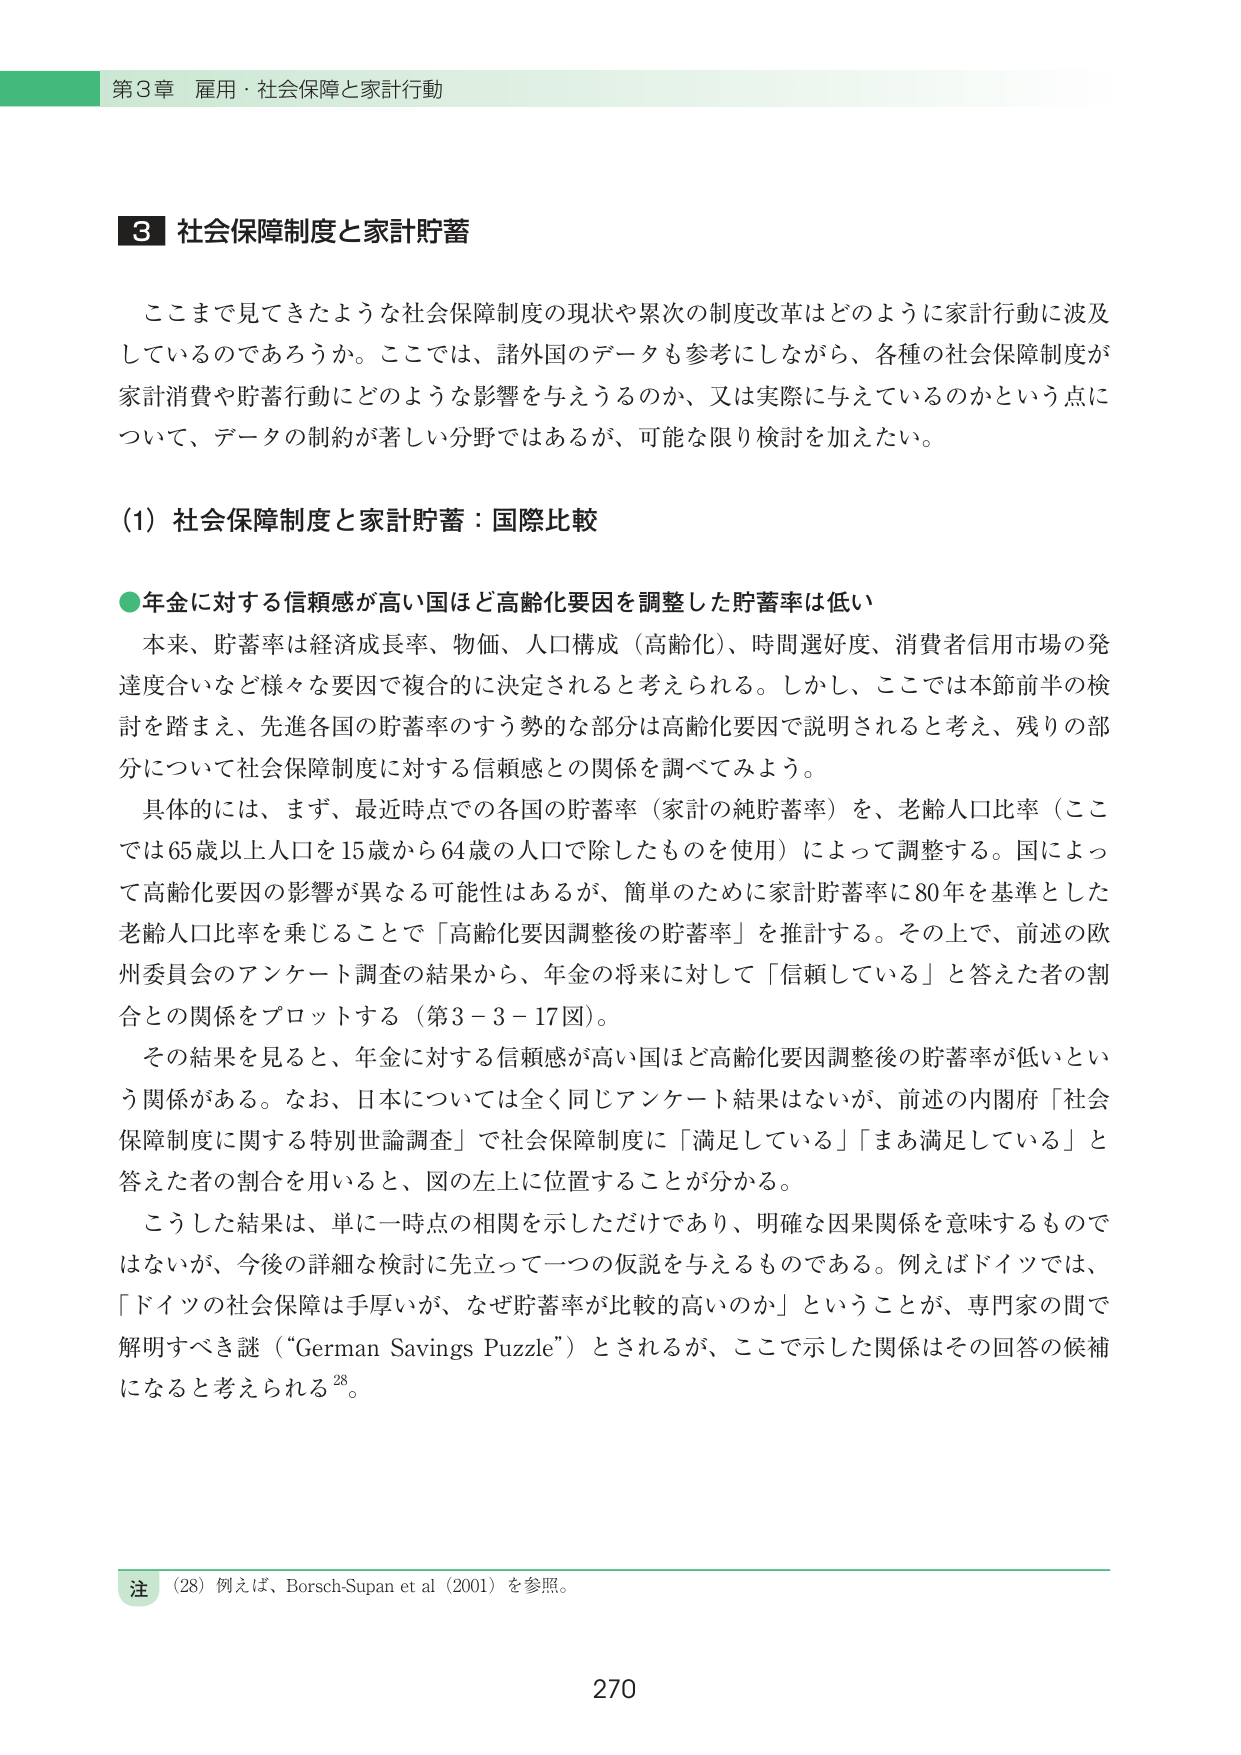
第3章 雇用・社会保障と家計行動

■3 社会保障制度と家計貯蓄

ここまで見てきたような社会保障制度の現状や累次の制度改革はどのように家計行動に波及しているのであろうか。ここでは、諸外国のデータも参考にしながら、各種の社会保障制度が家計消費や貯蓄行動にどのような影響を与えうるのか、又は実際に与えているのかという点について、データの制約が著しい分野ではあるが、可能な限り検討を加えたい。

(1) 社会保障制度と家計貯蓄：国際比較

●年金に対する信頼感が高い国ほど高齢化要因を調整した貯蓄率は低い

本来、貯蓄率は経済成長率、物価、人口構成（高齢化）、時間選好度、消費者信用市場の発達度合いなど様々な要因で複合的に決定されると考えられる。しかし、ここでは本節前半の検討を踏まえ、先進各国の貯蓄率のすう勢的な部分は高齢化要因で説明されると考え、残りの部分について社会保障制度に対する信頼感との関係を調べてみよう。

具体的には、まず、最近時点での各国の貯蓄率（家計の純貯蓄率）を、老齢人口比率（ここでは65歳以上人口を15歳から64歳の人口で除したもの）によって調整する。国によって高齢化要因の影響が異なる可能性はあるが、簡単のために家計貯蓄率に80年を基準とした老齢人口比率を乗じることで「高齢化要因調整後の貯蓄率」を推計する。その上で、前述の欧州委員会のアンケート調査の結果から、年金の将来に対して「信頼している」と答えた者の割合との関係をプロットする（第3－3－17図）。

その結果を見ると、年金に対する信頼感が高い国ほど高齢化要因調整後の貯蓄率が低いという関係がある。なお、日本については全く同じアンケート結果はないが、前述の内閣府「社会保障制度に関する特別世論調査」で社会保障制度に「満足している」「まあ満足している」と答えた者の割合を用いると、図の左上に位置することが分かる。

こうした結果は、単に一時点の相関を示しただけであり、明確な因果関係を意味するものではないが、今後の詳細な検討に先立って一つの仮説を与えるものである。例えばドイツでは、「ドイツの社会保障は手厚いが、なぜ貯蓄率が比較的高いのか」ということが、専門家の間で解明すべき謎（“German Savings Puzzle”）とされるが、ここで示した関係はその回答の候補になると考えられる28。

注 (28) 例えば、Borsch-Supan et al (2001) を参照。

270